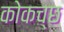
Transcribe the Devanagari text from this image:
कोकच्छ